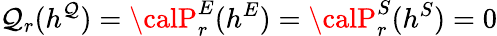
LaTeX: {\cal\mathcal{Q}}_{r}(h^{\mathcal{Q}})={\calP}_{r}^{E}(h^{E})={\calP}_{r}^{S}(h^{S})=0